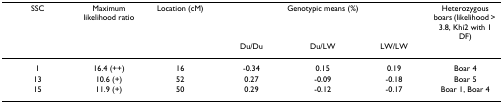
<table><thead><tr><td><b>SSC</b></td><td><b>Maximum likelihood ratio</b></td><td><b>Location (cM)</b></td><td colspan="3"><b>Genotypic means (%)</b></td><td><b>Heterozygous boars (likelihood &gt; 3.8, Khi2 with 1 DF)</b></td></tr><tr><td></td><td></td><td></td><td><b>Du/Du</b></td><td><b>Du/LW</b></td><td><b>LW/LW</b></td><td></td></tr></thead><tbody><tr><td>1</td><td>16.4 (++)</td><td>16</td><td>-0.34</td><td>0.15</td><td>0.19</td><td>Boar 4</td></tr><tr><td>13</td><td>10.6 (+)</td><td>52</td><td>0.27</td><td>-0.09</td><td>-0.18</td><td>Boar 5</td></tr><tr><td>15</td><td>11.9 (+)</td><td>50</td><td>0.29</td><td>-0.12</td><td>-0.17</td><td>Boar 1, Boar 4</td></tr></tbody></table>